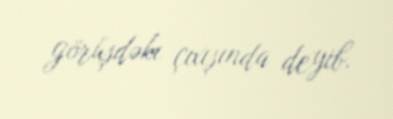
görüşdəkı çıxışında deyib.